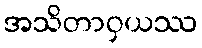
အသိတာဝှယဿ